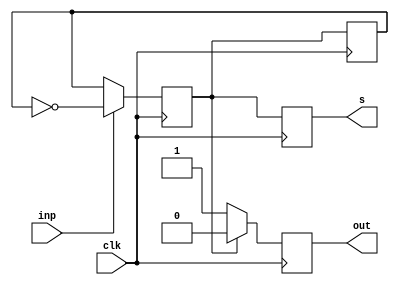
`timescale 1ms/1ms
module fsm(input inp, clk, output reg out, s);

    reg state, next_state; // * 0 for even, 1 for odd

    initial begin
        state = 1'b0;
        next_state = 1'b0;
        out = 1'b1;
    end

    always @(posedge clk) begin
        if (inp == 1'b0) begin
            next_state = state;
        end else begin
            next_state = ~state;
        end
    end

    always @(negedge clk) begin
        if (next_state == 1'b1) begin
            out = 1'b0;
        end else begin
            out = 1'b1;
        end
    end

    always @(negedge clk) begin
        state = next_state;
        s = next_state;
    end

endmodule


module tb;

    reg a, clk;
    wire o, s;

    fsm f(a, clk, o, s);

    always begin
        #5;
        clk = ~clk;
    end

    always @(posedge clk) begin
        $display("a = %b, o = %b, s = %b", a, o, s);
    end

    initial begin
        clk = 0;
        a = 0;

        $dumpfile("fsm.vcd");
        $dumpvars(0, tb);
        
        #10;
        a = 1;
        #10;
        a = 0;
        #10;
        a = 1;
        #10;
        a = 1;
        #10;
        a = 0;
        #10;
        a = 1;
        #10;
        a = 1;
        #10;
        a = 1;
        #10;
        a = 0;
        #10;
        $finish;
    end
    
endmodule


// QTspim